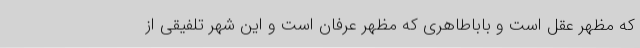
که مظهر عقل است و باباطاهری که مظهر عرفان است و این شهر تلفیقی از